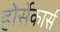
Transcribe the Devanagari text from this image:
होर्सेकार्स